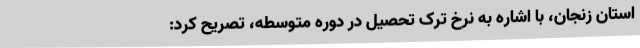
استان زنجان، با اشاره به نرخ ترک تحصیل در دوره متوسطه، تصریح کرد: